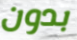
بدون